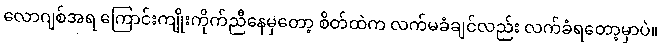
လောဂျစ်အရ ကြောင်းကျိုးကိုက်ညီနေမှတော့ စိတ်ထဲက လက်မခံချင်လည်း လက်ခံရတော့မှာပဲ။